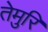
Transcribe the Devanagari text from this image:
तेमुरि